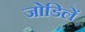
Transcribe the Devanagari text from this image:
जोडिलें